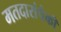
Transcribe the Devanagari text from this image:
मतदारांपैकी